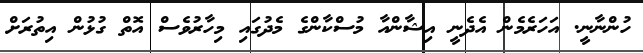
ހުންނާނީ. އަހަރެމެން އެދެނީ އިޝާންއާ މުސްކާންގެ މެދުގައި މިހާރުވެސް އޮތް ގުޅުން އިތުރަށް